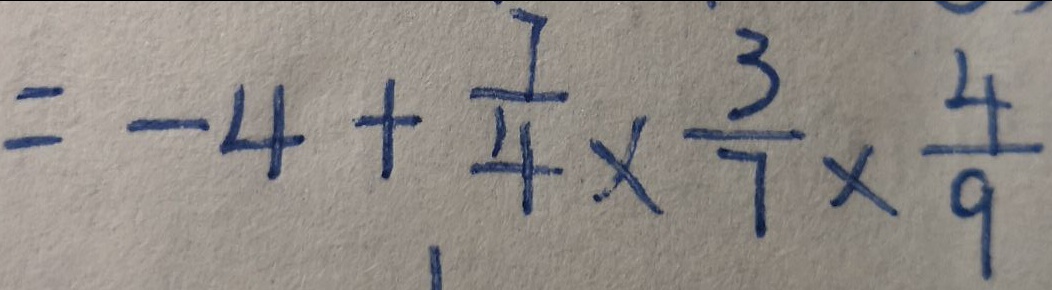
= - 4 + \frac { 7 } { 4 } \times \frac { 3 } { 7 } \times \frac { 4 } { 9 }